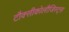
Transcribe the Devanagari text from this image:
टौक्सीकोलौजिस्ट्स